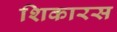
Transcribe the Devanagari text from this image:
शिकारस